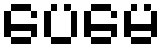
ပေမေ